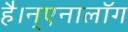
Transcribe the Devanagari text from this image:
है।न्एनालॉग